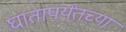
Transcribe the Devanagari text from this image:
घातापर्यंतच्या